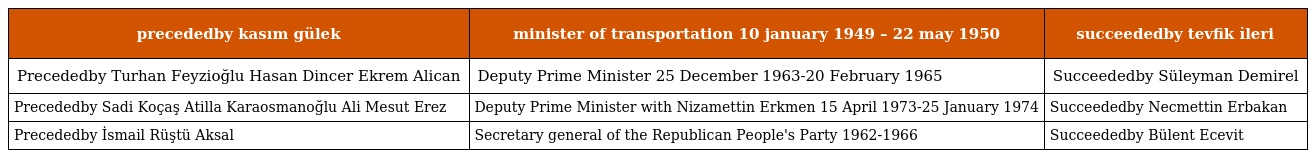
| precededby kasım gülek | minister of transportation 10 january 1949 – 22 may 1950 | succeededby tevfik i̇leri |
 | --- | --- | --- |
 | Precededby Turhan Feyzioğlu Hasan Dincer Ekrem Alican | Deputy Prime Minister 25 December 1963-20 February 1965 | Succeededby Süleyman Demirel |
 | Precededby Sadi Koçaş Atilla Karaosmanoğlu Ali Mesut Erez | Deputy Prime Minister with Nizamettin Erkmen 15 April 1973-25 January 1974 | Succeededby Necmettin Erbakan |
 | Precededby İsmail Rüştü Aksal | Secretary general of the Republican People's Party 1962-1966 | Succeededby Bülent Ecevit |